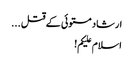
ارشاد مستوئی کے قتل ...
اسلام علیکم!